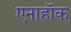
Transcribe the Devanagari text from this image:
एनाहॉक